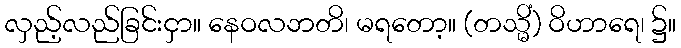
လှည့်လည်ခြင်းငှာ။ နေဝလဘတိ၊ မရတော့။ (တသ္မိံ) ဝိဟာရေ၊ ၌။